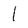
Character: l